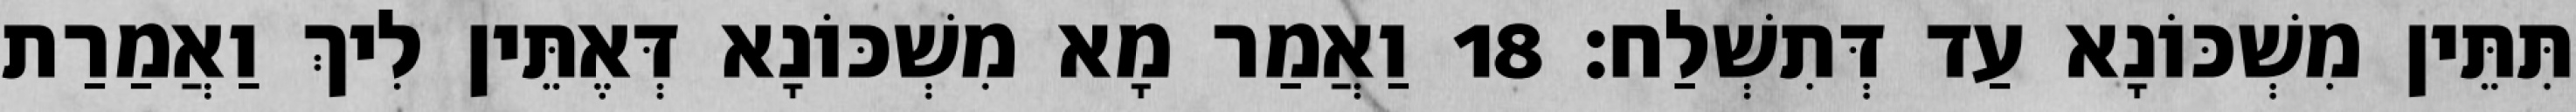
תִּתֵּין מִשְׁכּוֹנָא עַד דְּתִשְׁלַח׃ 18 וַאֲמַר מָא מִשְׁכּוֹנָא דְּאֶתֵּין לִיךְ וַאֲמַרַת